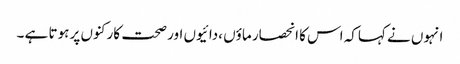
انہوں نے کہاکہ اس کا انحصار ماؤں ،دائیوں اور صحت کارکنوں پر ہوتا ہے ۔